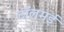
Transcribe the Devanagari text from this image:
टॉलमई